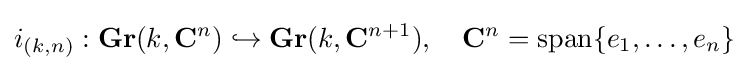
i_{(k,n)}:\mathbf {Gr} (k,\mathbf {C} ^{n})\hookrightarrow \mathbf {Gr} (k,\mathbf {C} ^{n+1}),\quad \mathbf {C} ^{n}={\text{span}}\{e_{1},\dots ,e_{n}\}